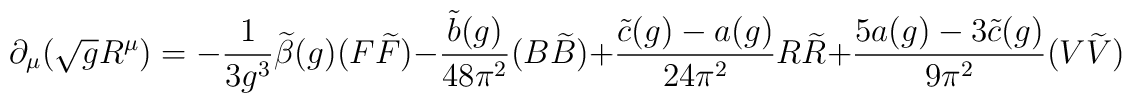
\partial_{\mu} (\sqrt{g} R^{\mu}) = - \frac{1}{3g^3}  \widetilde{\beta} (g) (F \widetilde{F}) -  \frac{\tilde{b}(g)}{48\pi^2} (B \widetilde{B}) +  \frac{\tilde{c} (g) - a(g)}{24 \pi^2} R \widetilde{R} +  \frac{5a(g) - 3 \tilde{c} (g)}{9 \pi^2} (V \widetilde{V})